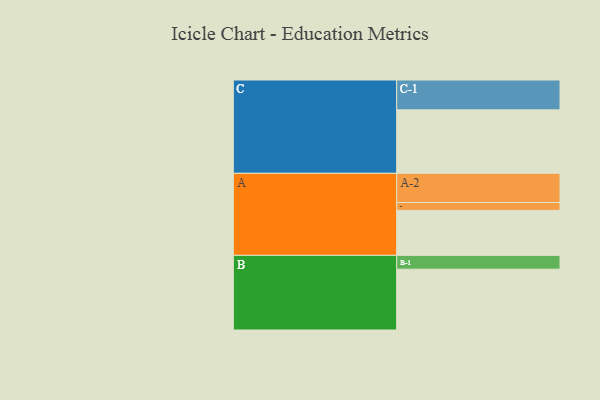
{"axis": {"x": "Segment", "y": "Value"}, "legend": ["", "A", "B", "C"], "data": [{"x": "A", "y": 407, "type": ""}, {"x": "B", "y": 550, "type": ""}, {"x": "C", "y": 574, "type": ""}, {"x": "A-1", "y": 71, "type": "A"}, {"x": "A-2", "y": 264, "type": "A"}, {"x": "B-1", "y": 125, "type": "B"}, {"x": "C-1", "y": 270, "type": "C"}]}